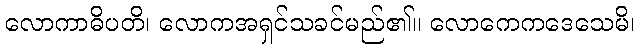
လောကာဓိပတိ၊ လောကအရှင်သခင်မည်၏။ လောကေကဒေသေမိ၊